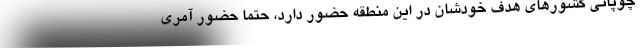
چوپانی کشورهای هدف خودشان در این منطقه حضور دارد، حتماً حضور آمری